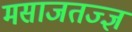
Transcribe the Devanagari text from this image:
मसाजतज्ज्ञ